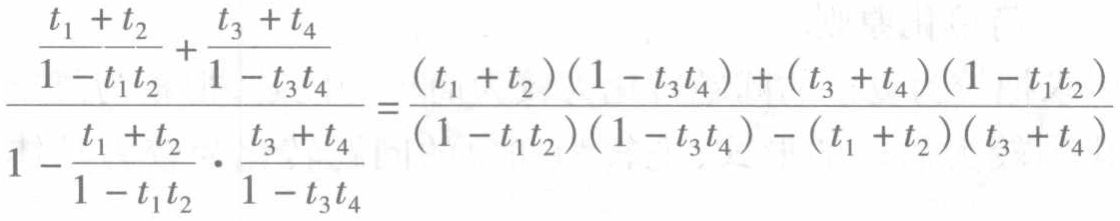
\[\frac{\frac{t_{1} + t_{2}}{1 - t_{1}t_{2}}+\frac{t_{3} + t_{4}}{1 - t_{3}t_{4}}}{1-\frac{t_{1} + t_{2}}{1 - t_{1}t_{2}}\cdot\frac{t_{3} + t_{4}}{1 - t_{3}t_{4}}}=\frac{(t_{1} + t_{2})(1 - t_{3}t_{4})+(t_{3} + t_{4})(1 - t_{1}t_{2})}{(1 - t_{1}t_{2})(1 - t_{3}t_{4})-(t_{1} + t_{2})(t_{3} + t_{4})}\]